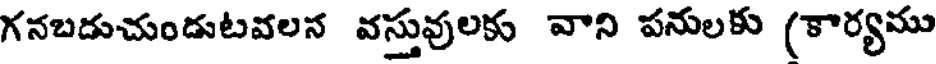
గనబడుచుండుటవలన వస్తువులకు వాని పనులకు (కార్యము